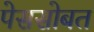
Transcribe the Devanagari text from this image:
पेससोबत